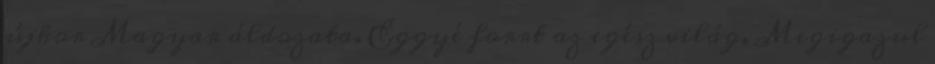
újkor Magyar áldozata. Eggyé forrt az egész világ, Megigazul